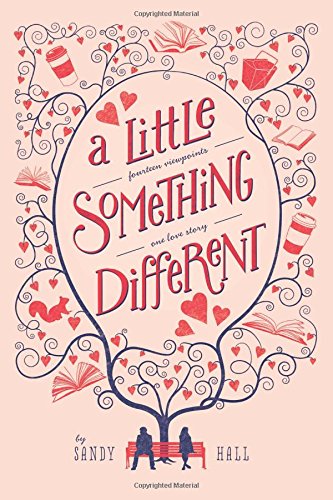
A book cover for A Little Something Different; Sandy Hall; Teen & Young Adult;